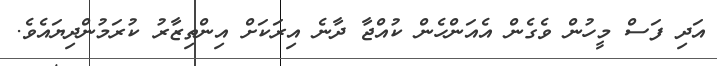
އަދި ފަސް މީހުން ވެގެން އެއަންހެން ކުއްޖާ ދާނެ އިރަކަށް އިންތިޒާރު ކުރަމުންދިޔައެވެ.